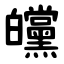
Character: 㿩